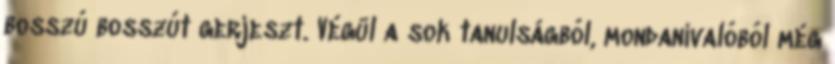
bosszú bosszút gerjeszt. Végül a sok tanulságból, mondanivalóból még